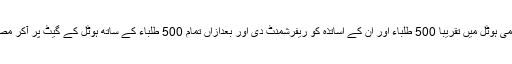
رات دس بجے شہر کے ایک مقامی ہوٹل میں تقریباََ 500 طلباء اور ان کے اساتذہ کو ریفرشمنٹ دی اور بعدازاں تمام 500 طلباء کے ساتھ ہوٹل کے گیٹ پر آکر مصافحہ کر کے ان کو رخصت کیا۔